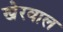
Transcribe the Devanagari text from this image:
खेरवाल